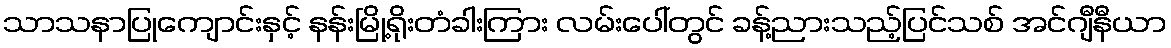
သာသနာပြုကျောင်းနှင့် နန်းမြို့ရိုးတံခါးကြား လမ်းပေါ်တွင် ခန့်ညားသည့်ပြင်သစ် အင်ဂျီနီယာ